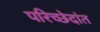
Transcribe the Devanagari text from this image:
परिच्छेदांत